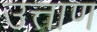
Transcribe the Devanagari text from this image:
उत्ताण